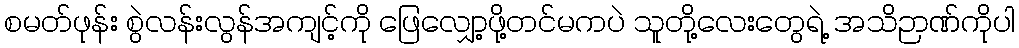
စမတ်ဖုန်း စွဲလန်းလွန်အကျင့်ကို ဖြေလျှော့ဖို့တင်မကပဲ သူတို့လေးတွေရဲ့ အသိဉာဏ်ကိုပါ